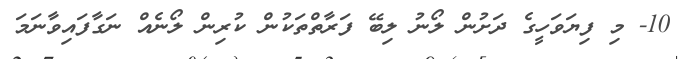
10- މި ފިޔަވަހީގެ ދަށުން ލޯނު ލިބޭ ފަރާތްތަކުން ކުރިން ލޯނެއް ނަގާފައިވާނަމަ